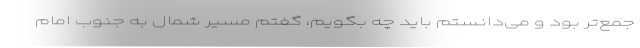
جمع‌تر بود و می‌دانستم باید چه بگویم، گفتم مسیر شمال به جنوب امام